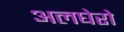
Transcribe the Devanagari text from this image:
अलघेरो